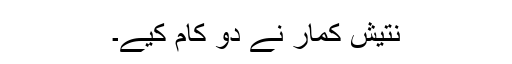
نتیش کمار نے دو کام کیے۔